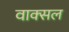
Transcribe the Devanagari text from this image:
वाक्‍सल